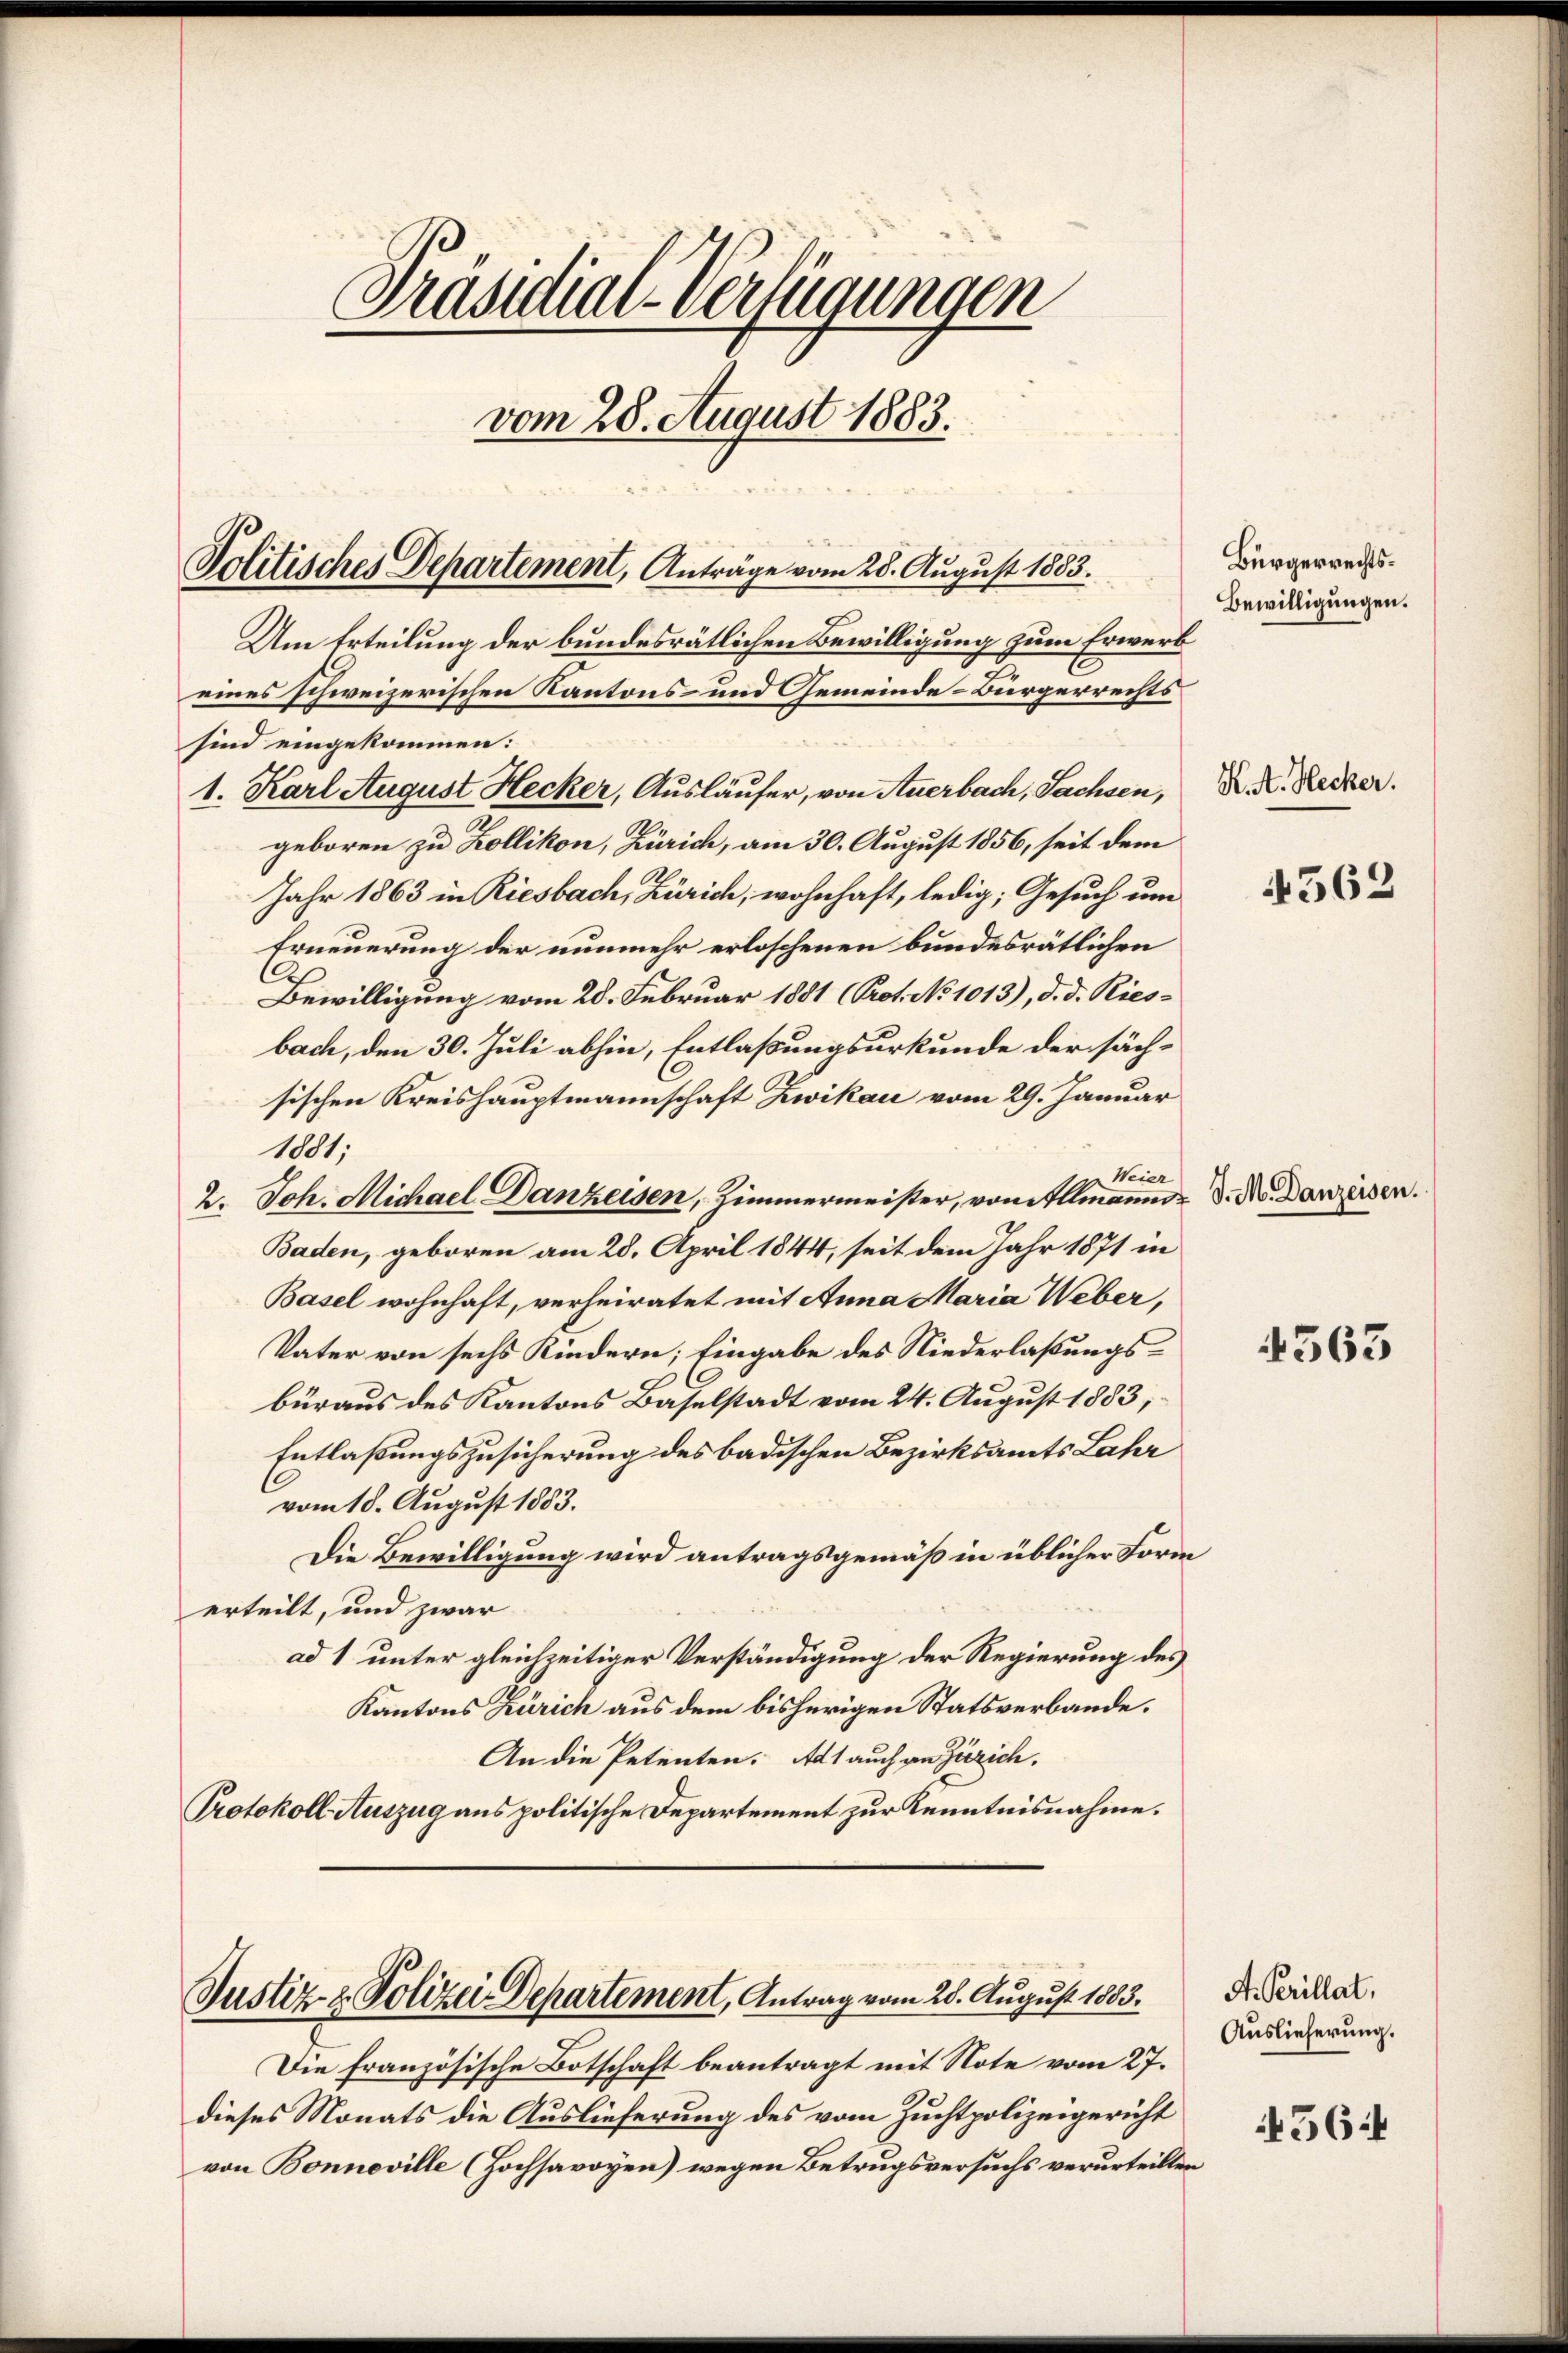
Präsidial-Verfügungen
vom 28. August 1883.

Politisches Departement, Anträge vom 28. August 1883.

Um Erteilung der bundesrätlichen Bewilligung zum Erwerb
eines schweizerischen Kantons- und Gemeinde-Bürgerrechts
sind eingekommen:
1. Karl August Hecker, Ausläufer, von Anerbach, Sachsen, K. K. Recker.
geboren zu Zollikon, Zürich, am 30. August 1856, seit dem
Jahr 1863 in Riesbach, Zürich, wohnhaft, ledig; Gesuch um
Erneuerung der nunmehr erloschenen bundesrätlichen
Bewilligung vom 28. Februar 1881 (Prot. No 1013), d. d. Riesbach, den 30. Juli abhin, Entlaßungsurkunde der sächsischen Kreishauptmannschaft Zwikau vom 29. Januar
1001,
Weier
2. Joh. Michael Danzeisen, Zimmermeister, vom Illmanni d. M. Danzessen.
Baden, geboren am 28. April 1844, seit dem Jahr 1871 in
Basel wohnhaft, verheiratet mit Anna Maria Weber,
Vater von sechs Kindern; Eingabe des Niederlaßungsbüraus des Kantons Baselstadt vom 24. August 1883,
Entlaßungszusicherung des badischen Bezirksamts Lahr
vom 18. August 1883.
Die Bewilligung wird antragsgemäß in üblicher Form
erteilt, und zwar
ad 1 unter gleichzeitiger Verständigung der Regierung des
Kantons Zürich aus dem bisherigen Statsverbande.
An die Petenten. Als auch an Zürich.
Protokoll Auszug aus politische Departement zur Kenntnisnahme.

Justiz- & Polizei Departement, Antrag vom 28. August 1803.

Die Französische Botschaft beantragt mit Note vom 27.
dieses Monats die Auslieferung des vom Zuchtpolizeigericht
von Bonneville (Hochsavoyen) wegen Betrugsversuchs verurteilten

Bürgerrechts¬
Bewilligungen.

4562

4563

A. Perillat,
Auslieferung.

456